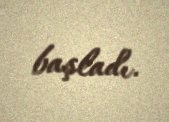
başladı.